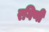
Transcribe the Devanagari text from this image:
रगिणी